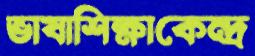
ভাষাশিক্ষাকেন্দ্র